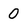
Character: 0